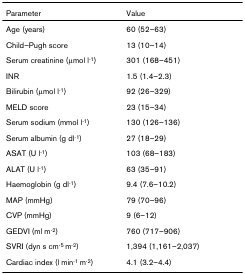
<table><thead><tr><td><b>Parameter</b></td><td><b>Value</b></td></tr></thead><tbody><tr><td>Age (years)</td><td>60 (52–63)</td></tr><tr><td>Child–Pugh score</td><td>13 (10–14)</td></tr><tr><td>Serum creatinine (μmol l<sup>-1</sup>)</td><td>301 (168–451)</td></tr><tr><td>INR</td><td>1.5 (1.4–2.3)</td></tr><tr><td>Bilirubin (μmol l<sup>-1</sup>)</td><td>92 (26–329)</td></tr><tr><td>MELD score</td><td>23 (15–34)</td></tr><tr><td>Serum sodium (mmol l<sup>-1</sup>)</td><td>130 (126–136)</td></tr><tr><td>Serum albumin (g dl<sup>-1</sup>)</td><td>27 (18–29)</td></tr><tr><td>ASAT (U l<sup>-1</sup>)</td><td>103 (68–183)</td></tr><tr><td>ALAT (U l<sup>-1</sup>)</td><td>63 (35–91)</td></tr><tr><td>Haemoglobin (g dl<sup>-1</sup>)</td><td>9.4 (7.6–10.2)</td></tr><tr><td>MAP (mmHg)</td><td>79 (70–96)</td></tr><tr><td>CVP (mmHg)</td><td>9 (6–12)</td></tr><tr><td>GEDVI (ml m<sup>-2</sup>)</td><td>760 (717–906)</td></tr><tr><td>SVRI (dyn s cm<sup>-5 </sup>m<sup>-2</sup>)</td><td>1,394 (1,161–2,037)</td></tr><tr><td>Cardiac index (l min<sup>-1 </sup>m<sup>-2</sup>)</td><td>4.1 (3.2–4.4)</td></tr></tbody></table>